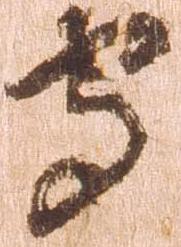
守